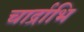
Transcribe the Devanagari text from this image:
चार्द्राभि